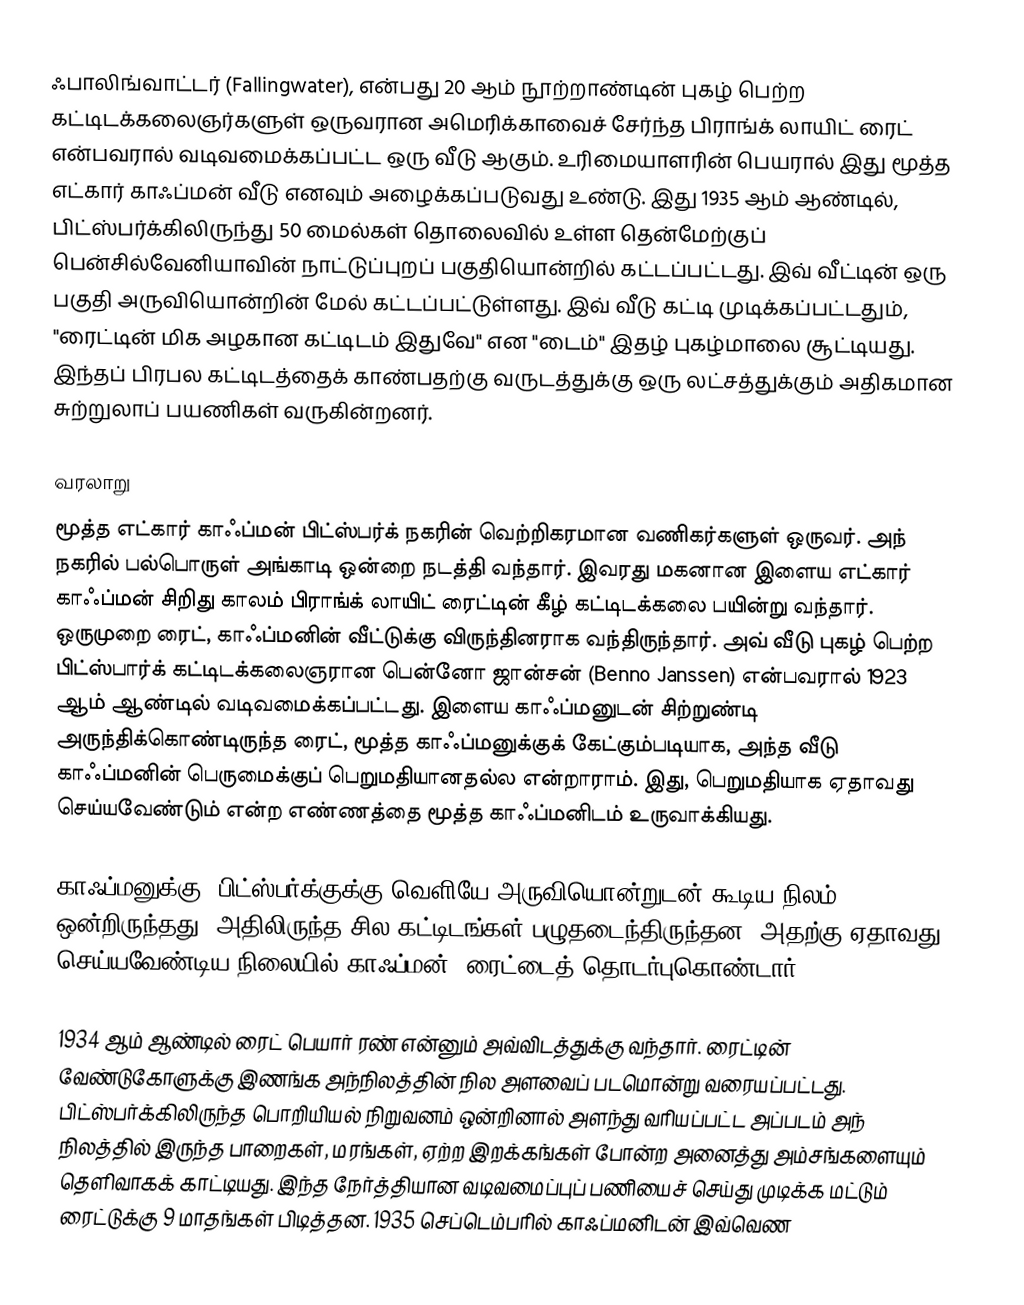
ஃபாலிங்வாட்டர் (Fallingwater), என்பது 20 ஆம் நூற்றாண்டின் புகழ் பெற்ற கட்டிடக்கலைஞர்களுள் ஒருவரான அமெரிக்காவைச் சேர்ந்த பிராங்க் லாயிட் ரைட் என்பவரால் வடிவமைக்கப்பட்ட ஒரு வீடு ஆகும். உரிமையாளரின் பெயரால் இது மூத்த எட்கார் காஃப்மன் வீடு எனவும் அழைக்கப்படுவது உண்டு. இது 1935 ஆம் ஆண்டில், பிட்ஸ்பர்க்கிலிருந்து 50 மைல்கள் தொலைவில் உள்ள தென்மேற்குப் பென்சில்வேனியாவின் நாட்டுப்புறப் பகுதியொன்றில் கட்டப்பட்டது. இவ் வீட்டின் ஒரு பகுதி அருவியொன்றின் மேல் கட்டப்பட்டுள்ளது. இவ் வீடு கட்டி முடிக்கப்பட்டதும், "ரைட்டின் மிக அழகான கட்டிடம் இதுவே" என "டைம்" இதழ் புகழ்மாலை சூட்டியது. இந்தப் பிரபல கட்டிடத்தைக் காண்பதற்கு வருடத்துக்கு ஒரு லட்சத்துக்கும் அதிகமான சுற்றுலாப் பயணிகள் வருகின்றனர்.

வரலாறு
மூத்த எட்கார் காஃப்மன் பிட்ஸ்பர்க் நகரின் வெற்றிகரமான வணிகர்களுள் ஒருவர். அந் நகரில் பல்பொருள் அங்காடி ஒன்றை நடத்தி வந்தார். இவரது மகனான இளைய எட்கார் காஃப்மன் சிறிது காலம் பிராங்க் லாயிட் ரைட்டின் கீழ் கட்டிடக்கலை பயின்று வந்தார். ஒருமுறை ரைட், காஃப்மனின் வீட்டுக்கு விருந்தினராக வந்திருந்தார். அவ் வீடு புகழ் பெற்ற பிட்ஸ்பார்க் கட்டிடக்கலைஞரான பென்னோ ஜான்சன் (Benno Janssen) என்பவரால் 1923 ஆம் ஆண்டில் வடிவமைக்கப்பட்டது. இளைய காஃப்மனுடன் சிற்றுண்டி அருந்திக்கொண்டிருந்த ரைட், மூத்த காஃப்மனுக்குக் கேட்கும்படியாக, அந்த வீடு காஃப்மனின் பெருமைக்குப் பெறுமதியானதல்ல என்றாராம். இது, பெறுமதியாக ஏதாவது செய்யவேண்டும் என்ற எண்ணத்தை மூத்த காஃப்மனிடம் உருவாக்கியது.

காஃப்மனுக்கு, பிட்ஸ்பர்க்குக்கு வெளியே அருவியொன்றுடன் கூடிய நிலம் ஒன்றிருந்தது. அதிலிருந்த சில கட்டிடங்கள் பழுதடைந்திருந்தன. அதற்கு ஏதாவது செய்யவேண்டிய நிலையில் காஃப்மன், ரைட்டைத் தொடர்புகொண்டார்.

1934 ஆம் ஆண்டில் ரைட் பெயார் ரண் என்னும் அவ்விடத்துக்கு வந்தார். ரைட்டின் வேண்டுகோளுக்கு இணங்க அந்நிலத்தின் நில அளவைப் படமொன்று வரையப்பட்டது. பிட்ஸ்பர்க்கிலிருந்த பொறியியல் நிறுவனம் ஒன்றினால் அளந்து வரியப்பட்ட அப்படம் அந் நிலத்தில் இருந்த பாறைகள், மரங்கள், ஏற்ற இறக்கங்கள் போன்ற அனைத்து அம்சங்களையும் தெளிவாகக் காட்டியது. இந்த நேர்த்தியான வடிவமைப்புப் பணியைச் செய்து முடிக்க மட்டும்  ரைட்டுக்கு 9 மாதங்கள் பிடித்தன. 1935 செப்டெம்பரில் காஃப்மனிடன் இவ்வெண